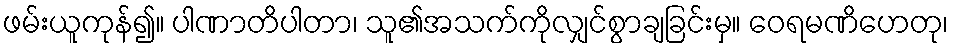
ဖမ်းယူကုန်၍။ ပါဏာတိပါတာ၊ သူ၏အသက်ကိုလျှင်စွာချခြင်းမှ။ ဝေရမဏိဟေတု၊